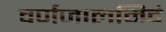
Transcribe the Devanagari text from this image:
वर्णजालमिदं